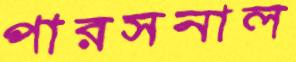
পারসনাল